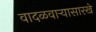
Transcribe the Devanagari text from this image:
वादळवाऱ्यासारखे